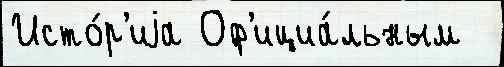
Исто́р'иjа Оф'ициа́льным